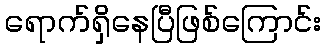
ရောက်ရှိနေပြီဖြစ်ကြောင်း